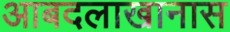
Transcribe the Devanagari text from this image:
आबदलाखानास